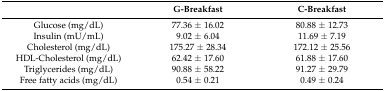
<table><thead><tr><td></td><td><b>G-Breakfast</b></td><td><b>C-Breakfast</b></td></tr></thead><tbody><tr><td>Glucose (mg/dL)</td><td>77.36 ± 16.02</td><td>80.88 ± 12.73</td></tr><tr><td>Insulin (mU/mL)</td><td>9.02 ± 6.04</td><td>11.69 ± 7.19</td></tr><tr><td>Cholesterol (mg/dL)</td><td>175.27 ± 28.34</td><td>172.12 ± 25.56</td></tr><tr><td>HDL-Cholesterol (mg/dL)</td><td>62.42 ± 17.60</td><td>61.88 ± 17.60</td></tr><tr><td>Triglycerides (mg/dL)</td><td>90.88 ± 58.22</td><td>91.27 ± 29.79</td></tr><tr><td>Free fatty acids (mg/dL)</td><td>0.54 ± 0.21</td><td>0.49 ± 0.24</td></tr></tbody></table>